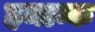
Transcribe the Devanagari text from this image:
हमान्क